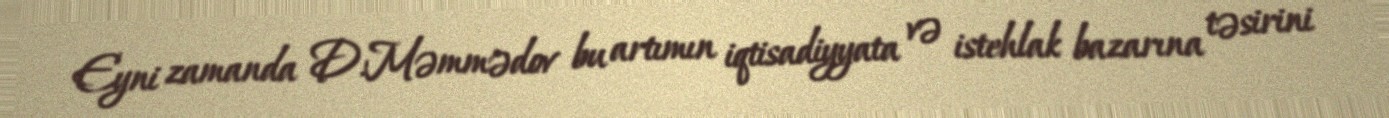
Eyni zamanda D.Məmmədov bu artımın iqtisadiyyata və istehlak bazarına təsirini